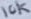
Text: 10K